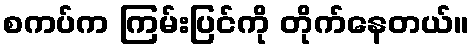
စကပ်က ကြမ်းပြင်ကို တိုက်နေတယ်။